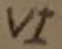
Text: VI